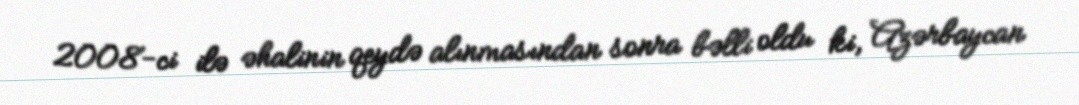
2008-ci ilə əhalinin qeydə alınmasından sonra bəlli oldu ki, Azərbaycan